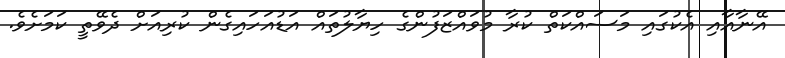
އޭނާއާއި އެކުގައި މަސައްކަތް ކުރާ މުވައްޒަފުންގެ ހިޔާލުތައް އަޑުއަހައިގެން ކުރިއަށް ދެވޭތީ ކަމަށެވެ.